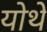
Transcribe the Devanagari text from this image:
योथे